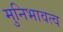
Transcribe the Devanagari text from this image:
मुनिभावत्व